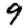
Digit: 9